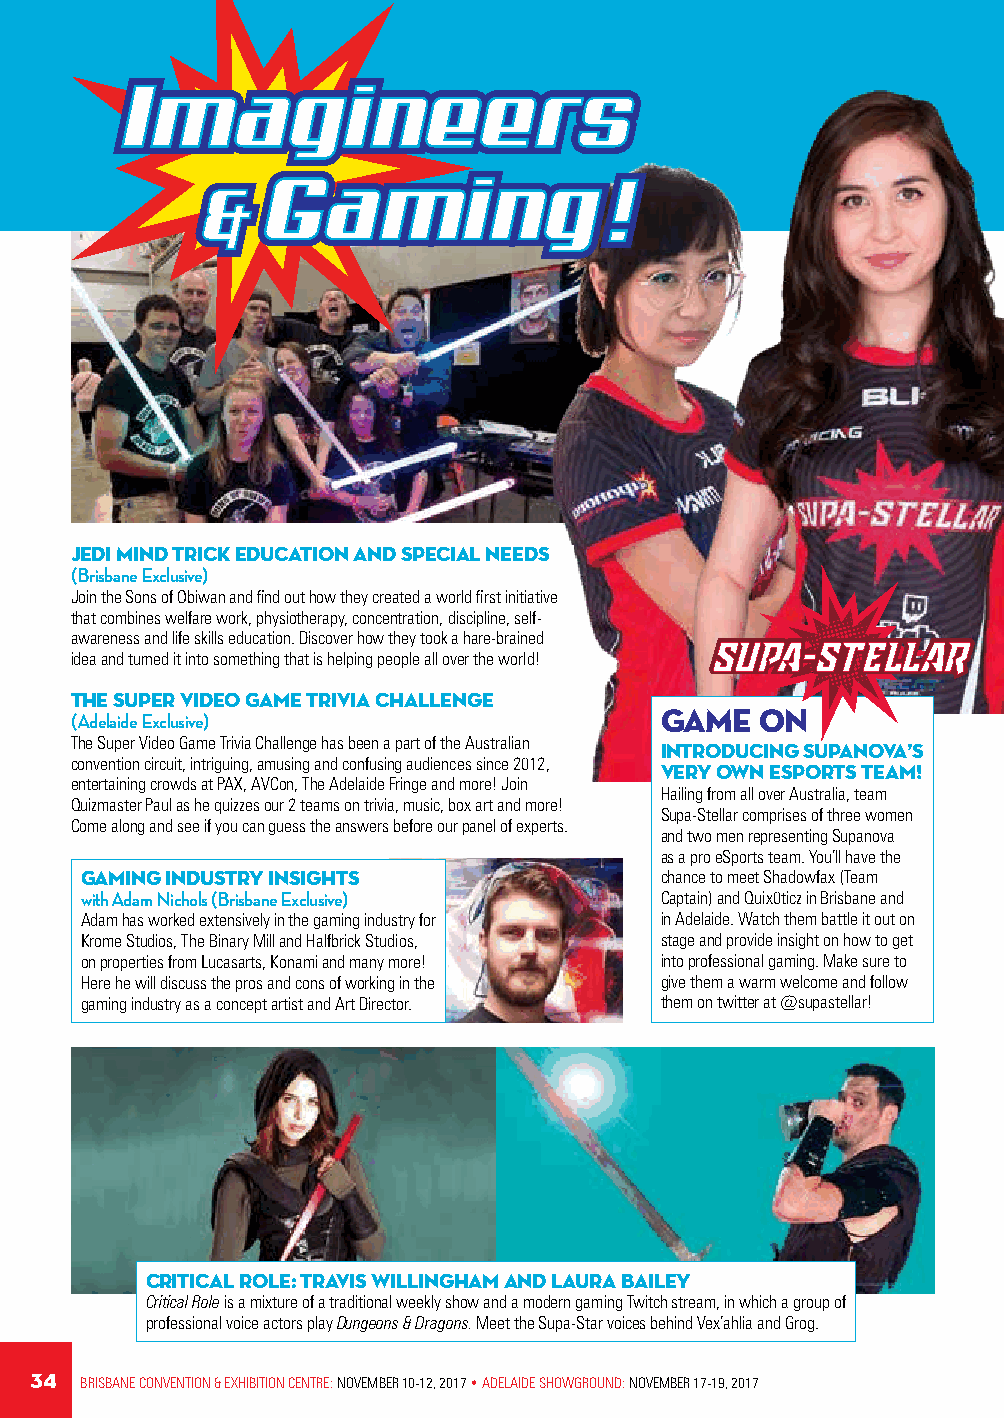
Jedi Mind Trick Education and Special Needs
 (Brisbane Exclusive)
 Join the Sons of Obiwan and find out how they created a world first initiative
 that combines welfare work, physiotherapy, concentration, discipline, self-
 awareness and life skills education. Discover how they took a hare-brained
 idea and turned it into something that is helping people all over the world!
 The Super Video Game Trivia Challenge
 (Adelaide Exclusive)                   GAME  ON
 The Super Video Game Trivia Challenge has been a part of the Australian
 Introducing Supanova’s
 convention circuit, intriguing, amusing and confusing audiences since 2012,
 very own eSports team!
 entertaining crowds at PAX, AVCon, The Adelaide Fringe and more! Join
 Hailing from all over Australia, team
 Quizmaster Paul as he quizzes our 2 teams on trivia, music, box art and more!
 Supa-Stellar comprises of three women
 Come along and see if you can guess the answers before our panel of experts.
 and two men representing Supanova
 as a pro eSports team. You’ll have the
 Gaming Industry Insights               chance to meet Shadowfax (Team
 with Adam Nichols (Brisbane Exclusive) Captain) and Quix0ticz in Brisbane and
 Adam has worked extensively in the gaming industry for in Adelaide. Watch them battle it out on
 Krome Studios, The Binary Mill and Halfbrick Studios, stage and provide insight on how to get
 on properties from Lucasarts, Konami and many more! into professional gaming. Make sure to
 Here he will discuss the pros and cons of working in the give them a warm welcome and follow
 gaming industry as a concept artist and Art Director. them on twitter at @supastellar!
 Critical Role: Travis Willingham and Laura Bailey
 Critical Role is a mixture of a traditional weekly show and a modern gaming Twitch stream, in which a group of
 professional voice actors play Dungeons & Dragons. Meet the Supa-Star voices behind Vex’ahlia and Grog.
 34 BRISBANE CONVENTION & EXHIBITION CENTRE: NOVEMBER 10-12, 2017 • ADELAIDE SHOWGROUND: NOVEMBER 17-19, 2017